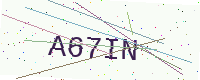
Text: A67IN